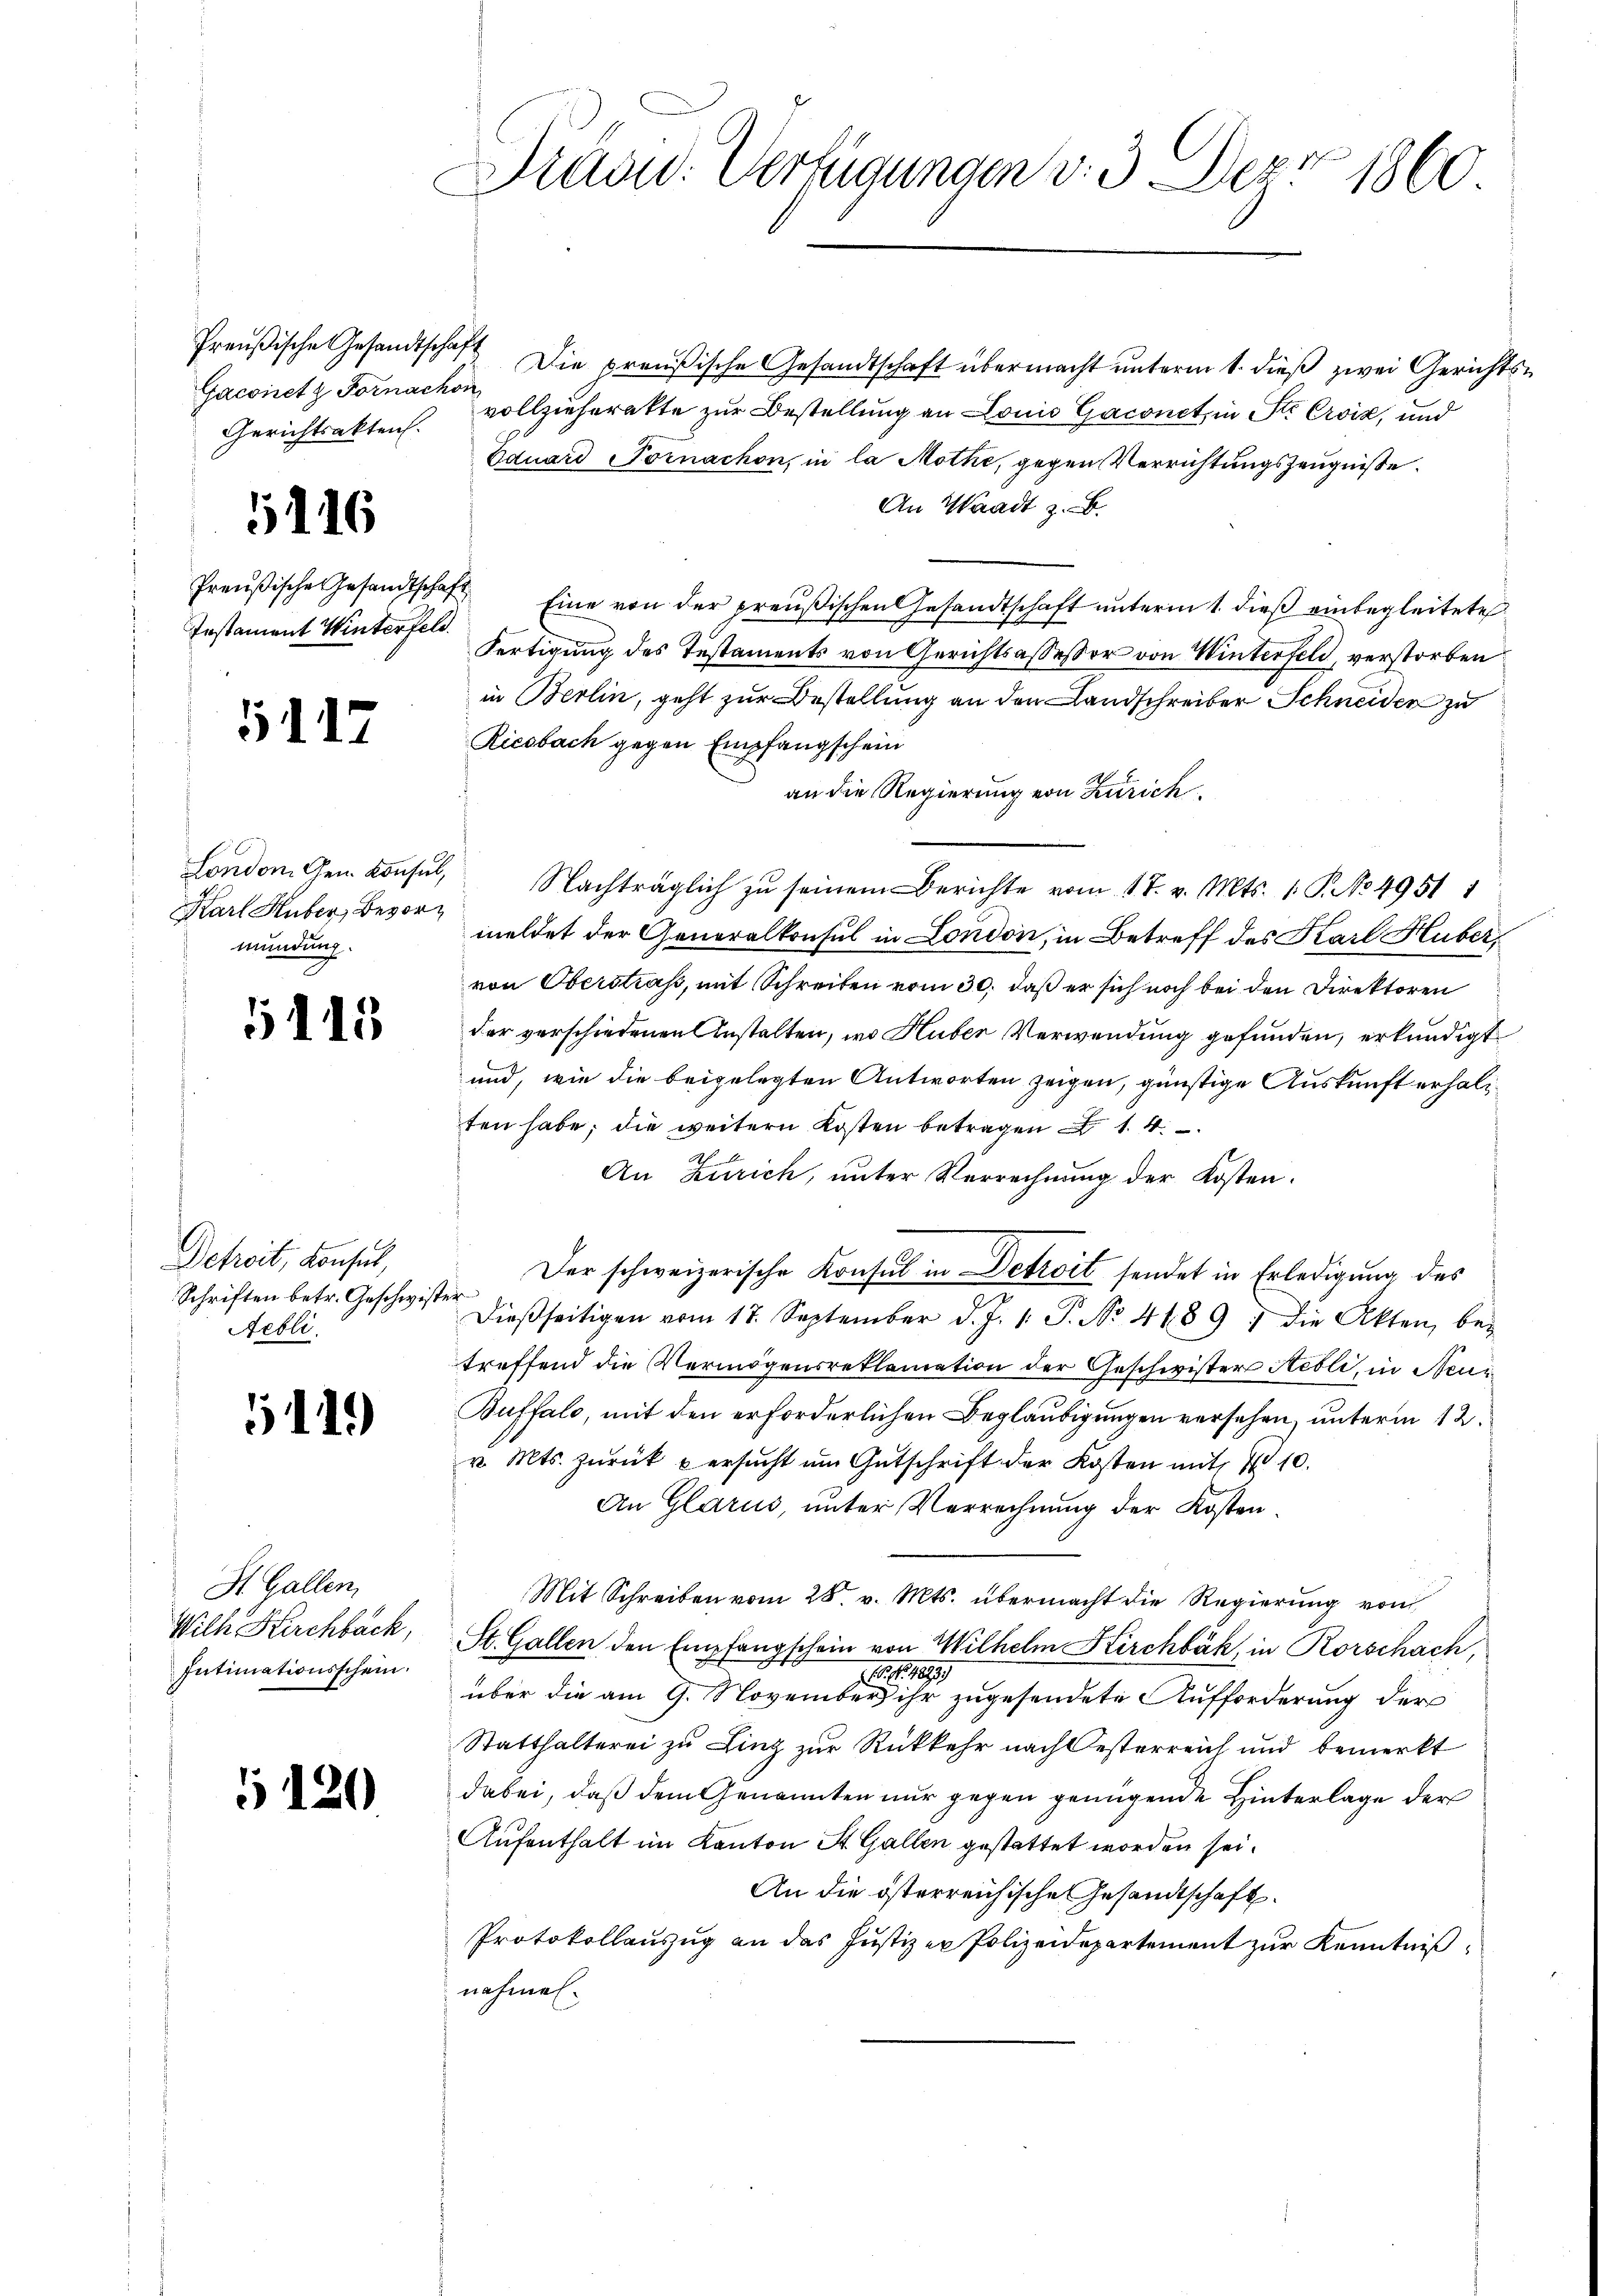
Preußische Gesandtschaft
Gaconet z. Fornachon
Gerichtsakten.

5116

Preußische Gesandtschaft
Instament Winterfeld.

5117

Karl Huber, Bevormündung.

1115

Detreit, Konsul,
Schriften betr. Geschwist
Aebli

119)

St. Gallen,
Wilh Kirchbach,
Intimationsschein.

5120

Drund. Verfügungen v. 3. Dez. 1860

Die preußische Gesandtschaft übermacht unterm 1. dieß zwei Gerichts
vollzieherette zur Bestellung an Louis Gaconet, in Str. Croix, und
Eduard Tornachon, in la Mothe, gegen Verrichtungszeugniße.
An Waadt z. B.
Eine von der preußischen Gesandtschaft unterm 1. dieß einbegleitete
Fertigung des Testaments von Gerichtsassessor von Winterfeld, verstorben
in Berlin, geht zur Bestellung an den Landschreiber Schneiden zu
Riesbach gegen Empfangschein
an die Regierung von Zürich.
London dem Consul, Nachträglich zu seinem Berichte vom 17. v. Mts. 1. P. No 4951 1
meldet der Generalkonsul in London, in Betreff des Karl Huber
von Oberstraß, mit Schreiben vom 30. daß er sich noch bei den Direktoren
der verschiedenen Anstalten, wo Huber Verwendung gefunden, erkundigt
und, wie die beigelegten Antworten zeigen, günstige Auskunft erhalten habe; die weitern Kosten betragen 14
.
An Zürich, unter Verrechnŭng der Kosten.
Der schweizerische Konsul in Detroit sendet in Erledigung des
leg
dießseitigen vom 17. September d. J. 1. P. No. 4489) die Akten, bei
treffend die Vermögensreklamation der Geschwister Aeoli, in Neu¬
Buffalo, mit den erforderlichen Begläubigungen versehen, unterm 12.
v. Mts. zŭrück u ersŭcht um Gutschrift der Kosten mit 10.
An Glarus, unter Verrechnung der Kosten.
Mit Schreiben vom 28. v. Mts. übermacht die Regierung vom
St. Gallen den Empfangschein von Wilhelm Kirchbäk, in Rorschach,
16. No. 1883/
über die am 9. November ihr zugesendete Aufforderung der
Statthalterei zu Linz zur Rückkehr nach Oesterreich und bemerkt
dabei, daß dem Genannten nur gegen genügende Hinterlage der
Aufenthalt im Kanton St. Gallen gestattet worden sei.
An die österreichische Gesandtschaft.
Protokollauszug an das Justizer Polizeidepartement zur Kenntnißnahmen.